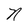
Character: N